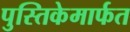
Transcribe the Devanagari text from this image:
पुस्तिकेमार्फत